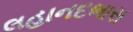
લહાનદભાસ